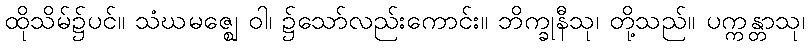
ထိုသိမ်၌ပင်။ သံဃမဇ္ဈေ ဝါ၊ ၌သော်လည်းကောင်း။ ဘိက္ခုနီသု၊ တို့သည်။ ပက္ကန္တာသု၊